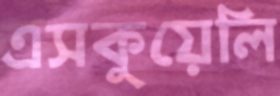
এসকুয়েলি